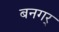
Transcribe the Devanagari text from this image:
बनगर्